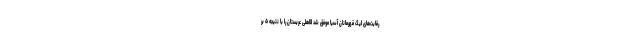
رقابت‌های لیگ قهرمانان آسیا موفق شد الاهلی عربستان را با نتیجه ۵ بر